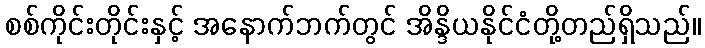
စစ်ကိုင်းတိုင်းနှင့် အနောက်ဘက်တွင် အိန္ဒိယနိုင်ငံတို့တည်ရှိသည်။